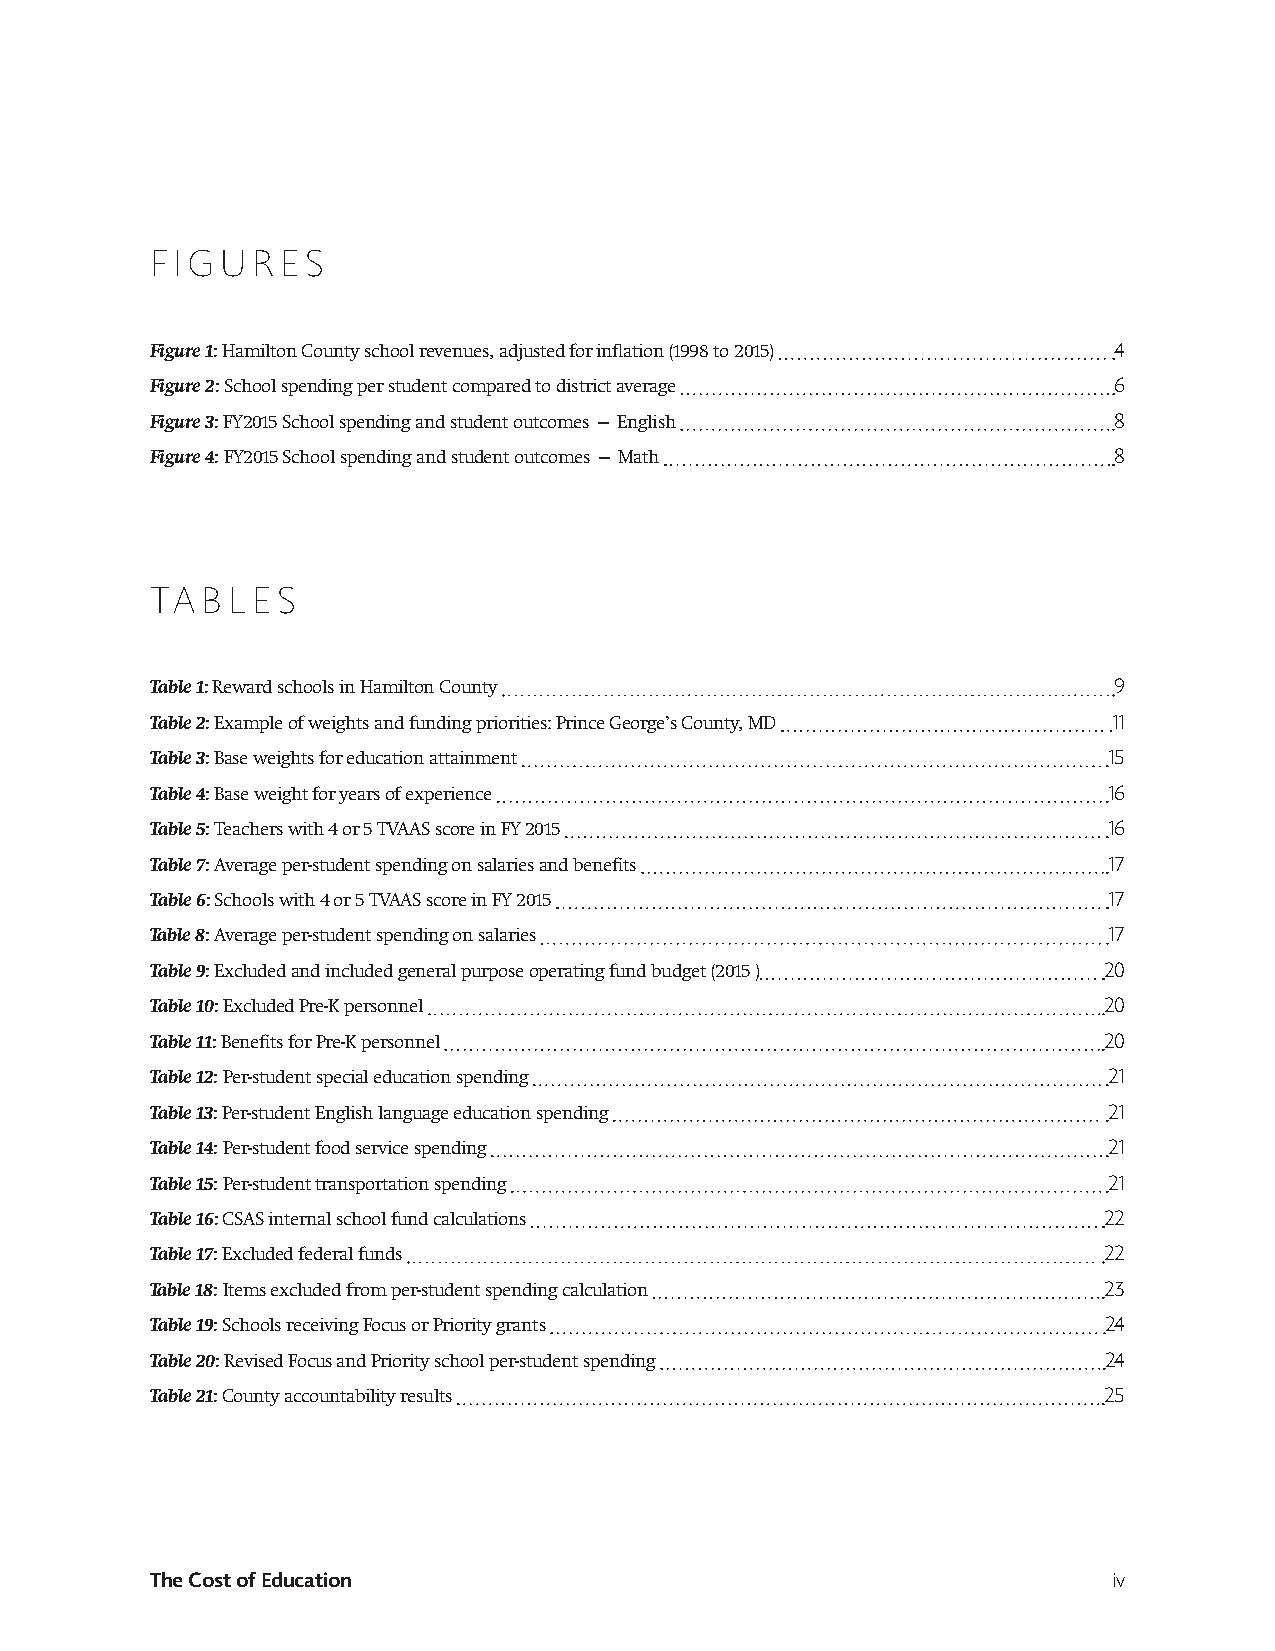
FIGURES
 Figure 1: Hamilton County school revenues, adjusted for inflation (1998 to 2015) 4
 Figure 2: School spending per student compared to district average 6
 Figure 3: FY2015 School spending and student outcomes — English 8
 Figure 4: FY2015 School spending and student outcomes — Math    8
 TABLES
 Table 1: Reward schools in Hamilton County                      9
 Table 2: Example of weights and funding priorities: Prince George’s County, MD 11
 Table 3: Base weights for education attainment                 15
 Table 4: Base weight for years of experience                   16
 Table 5: Teachers with 4 or 5 TVAAS score in FY 2015           16
 Table 7: Average per-student spending on salaries and benefits 17
 Table 6: Schools with 4 or 5 TVAAS score in FY 2015            17
 Table 8: Average per-student spending on salaries              17
 Table 9: Excluded and included general purpose operating fund budget (2015 ) 20
 Table 10: Excluded Pre-K personnel                             20
 Table 11: Benefits for Pre-K personnel                         20
 Table 12: Per-student special education spending               21
 Table 13: Per-student English language education spending      21
 Table 14: Per-student food service spending                    21
 Table 15: Per-student transportation spending                  21
 Table 16: CSAS internal school fund calculations               22
 Table 17: Excluded federal funds                               22
 Table 18: Items excluded from per-student spending calculation 23
 Table 19: Schools receiving Focus or Priority grants           24
 Table 20: Revised Focus and Priority school per-student spending 24
 Table 21: County accountability results                        25
 The Cost of Education                                           iv